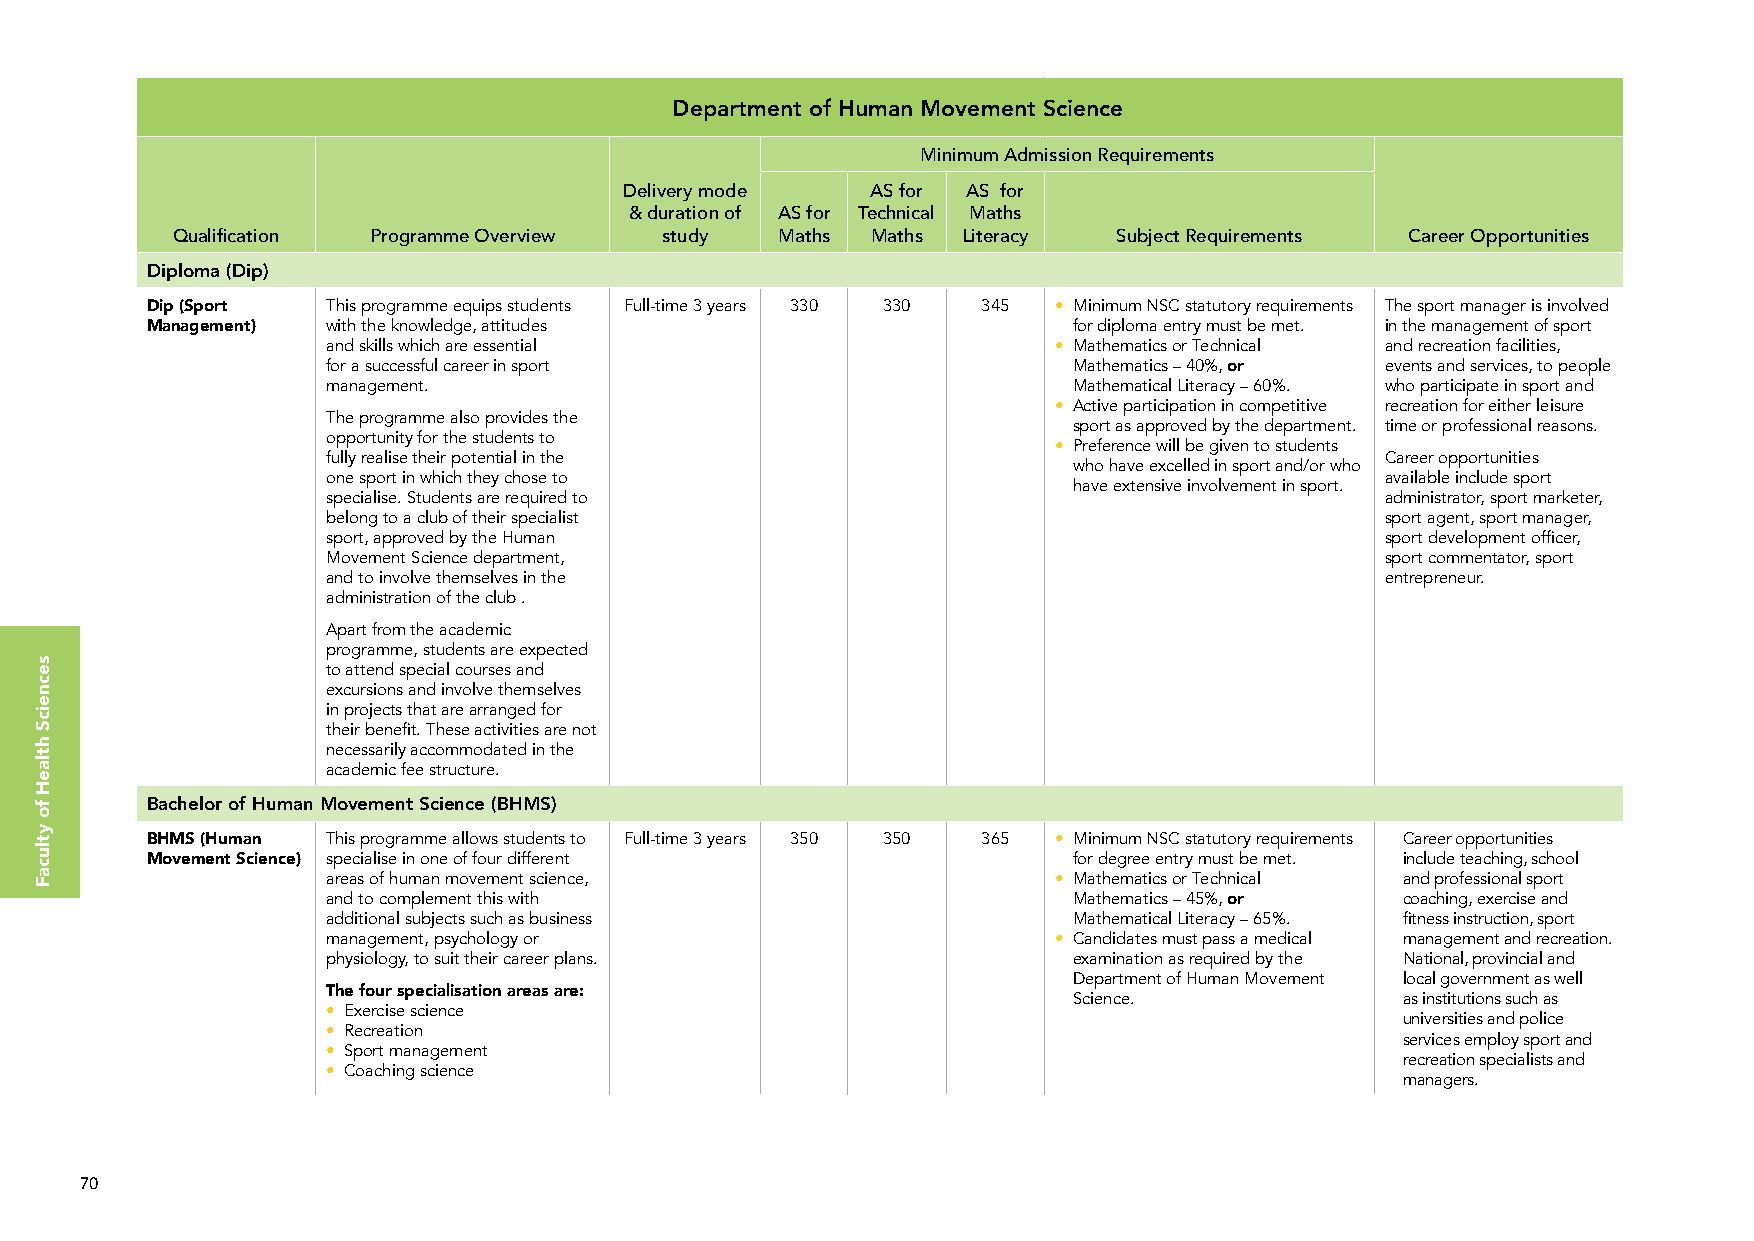
Department of Human Movement Science
 Minimum Admission Requirements
 Delivery mode    AS for AS for
 & duration of AS for Technical Maths
 Qualification Programme Overview study   Maths Maths Literacy  Subject Requirements Career Opportunities
 Diploma (Dip)
 Dip (Sport  This programme equips students Full-time 3 years 330 330 345 • Minimum NSC statutory requirements The sport manager is involved
 Management) with the knowledge, attitudes                    for diploma entry must be met. in the management of sport
 and skills which are essential                  • Mathematics or Technical and recreation facilities,
 for a successful career in sport                 Mathematics – 40%, or events and services, to people
 management.                                      Mathematical Literacy – 60%. who participate in sport and
 • Active participation in competitive recreation for either leisure
 The programme also provides the
 sport as approved by the department. time or professional reasons.
 opportunity for the students to
 • Preference will be given to students
 fully realise their potential in the                                  Career opportunities
 who have excelled in sport and/or who
 one sport in which they chose to                                      available include sport
 have extensive involvement in sport.
 specialise. Students are required to                                  administrator, sport marketer,
 belong to a club of their specialist                                  sport agent, sport manager,
 sport, approved by the Human                                          sport development officer,
 Movement Science department,                                          sport commentator, sport
 and to involve themselves in the                                      entrepreneur.
 administration of the club .
 Apart from the academic
 programme, students are expected
 to attend special courses and
 excursions and involve themselves
 in projects that are arranged for
 their benefit. These activities are not
 necessarily accommodated in the
 academic fee structure.
 Bachelor of Human Movement Science (BHMS)
 BHMS (Human This programme allows students to Full-time 3 years 350 350 365 • Minimum NSC statutory requirements Career opportunities
 Movement Science) specialise in one of four different        for degree entry must be met. include teaching, school
 areas of human movement science,                • Mathematics or Technical and professional sport
 and to complement this with                      Mathematics – 45%, or coaching, exercise and
 additional subjects such as business             Mathematical Literacy – 65%. fitness instruction, sport
 management, psychology or                       • Candidates must pass a medical management and recreation.
 physiology, to suit their career plans.          examination as required by the National, provincial and
 Department of Human Movement local government as well
 The four specialisation areas are:
 Science.              as institutions such as
 • Exercise science
 universities and police
 • Recreation
 services employ sport and
 • Sport management
 recreation specialists and
 • Coaching science
 managers.
 70
 secneicS
 htlaeH
 fo
 ytlucaF